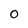
Character: 0